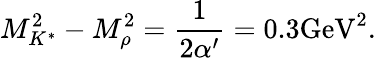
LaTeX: M_{K^{*}}^{2}-M_{\rho}^{2}=\frac{1}{2\alpha^{\prime}}=0.3\mathrm{GeV}^{2}.